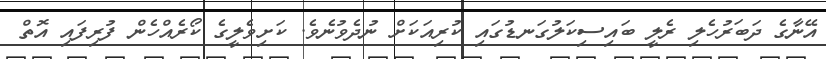
އޭނާގެ ދަބަރުހެލި ރެލީ ބައިސިކަލުގަނޑުގައި ކުރިއަކަށް ނުދެވުނެވެ. ކަށިވެލީގެ ކޯރެއްހެން ފުރިފައި އޮތް